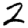
Digit: 2